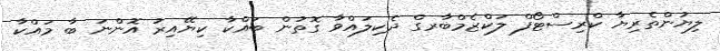
ލިޔުންތެރިޔާ ކްރިސްޓޯފް ލަކްޒެމްބާރގް ދެކިލައްވާ ގޮތުން ބައްކާ ކިޔޭއިރު އޮންނަ ބާ މައްކާ